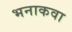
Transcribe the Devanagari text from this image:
भनाकवा